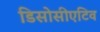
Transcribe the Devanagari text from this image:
डिसोसीएटिव